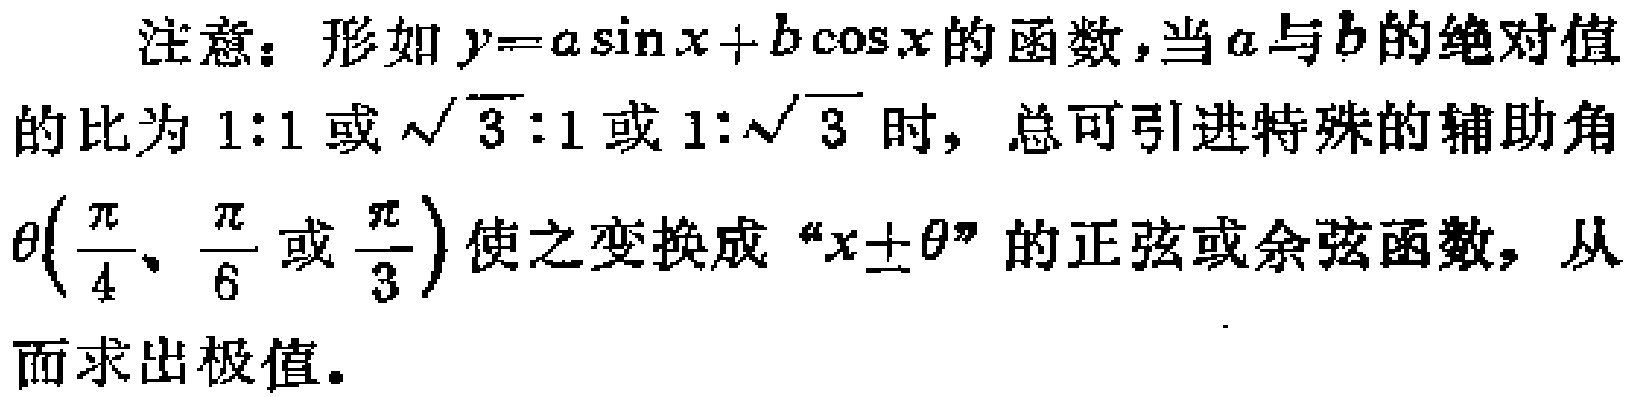
注意：形如\(y = a\sin x + b\cos x\)的函数，当\(a\)与\(b\)的绝对值的比为\(1:1\)或\(\sqrt{3}:1\)或\(1:\sqrt{3}\)时，总可引进特殊的辅助角\(\theta(\frac{\pi}{4}、\frac{\pi}{6}\)或\(\frac{\pi}{3})\)使之变换成“\(x\pm\theta\)”的正弦或余弦函数，从而求出极值。